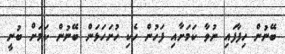
ބޭނުން ހިފާފައި ނުވާ ކަމަށާއި ފަހުން ހެކި ހުށަހަޅަން ބޭނުން ކަމަށް ބުނީ